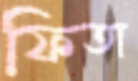
ফিতা